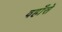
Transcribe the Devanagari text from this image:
वहाँसे